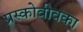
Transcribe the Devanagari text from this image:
प्रस्कोवीवका